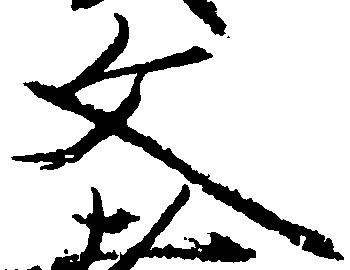
文